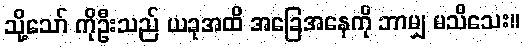
သို့သော် ကိုဦးသည် ယခုအထိ အခြေအနေကို ဘာမျှ မသိသေး။